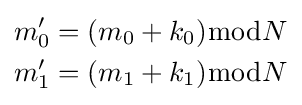
{\begin{aligned}m'_{0}=(m_{0}+k_{0}){\bmod {N}}\\m'_{1}=(m_{1}+k_{1}){\bmod {N}}\end{aligned}}